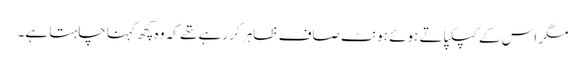
مگر اس کے کپکپاتے ہوئے ہونٹ صاف ظاہر کر رہے تھے کہ وہ کچھ کہنا چاہتا ہے۔